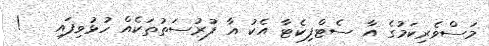
މަސްވެރިކަމުގެ އާ ސެޓްފިކެޓާ އެކު އާ ފުރުސަތުތަކެއް ހުޅުވިފައި   !